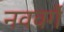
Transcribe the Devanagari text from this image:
नववर्गे